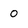
Character: O